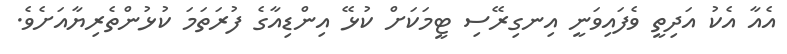
އެއާ އެކު އަދިތީ ވެފައިވަނީ އިނގިރޭސި ޓީމަކަށް ކުޅޭ އިންޑިއާގެ ފުރަތަމަ ކުޅުންތެރިޔާއަށެވެ.